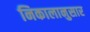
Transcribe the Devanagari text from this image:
निकालानुसार